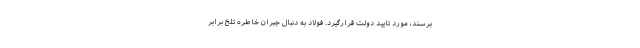
برسند، مورد تایید دولت قرارگیرد. فولاد به دنبال جبران خاطره تلخ برابر